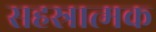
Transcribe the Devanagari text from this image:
सहस्रात्मक